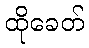
ထိုခေတ်